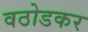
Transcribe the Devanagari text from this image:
वठोडकर